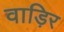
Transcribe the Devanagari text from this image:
वाड़िर